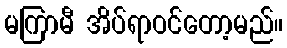
မကြာမီ အိပ်ရာဝင်တော့မည်။